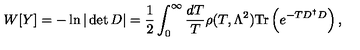
W [ Y ] = - \ln | \det D | = \frac { 1 } { 2 } \int _ { 0 } ^ { \infty } \frac { d T } { T } \rho ( T , \Lambda ^ { 2 } ) \mathrm { T r } \left( e ^ { - T D ^ { \dagger } D } \right) ,